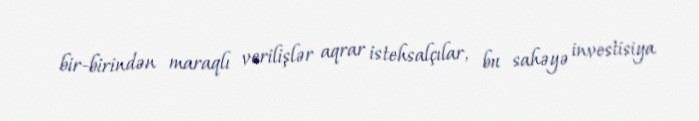
bir-birindən maraqlı verilişlər aqrar istehsalçılar, bu sahəyə investisiya